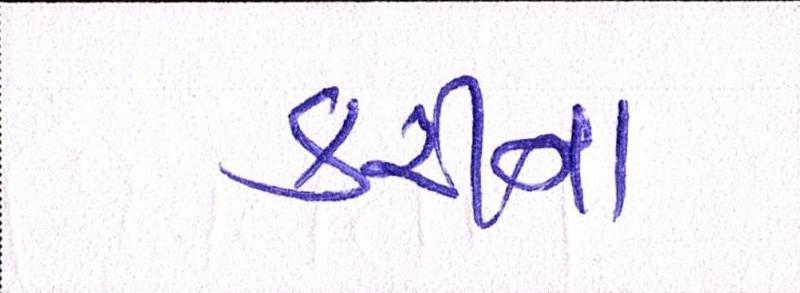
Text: કરીના